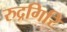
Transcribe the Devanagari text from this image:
रुद्रगिरि